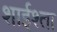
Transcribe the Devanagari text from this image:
शाईश्ता